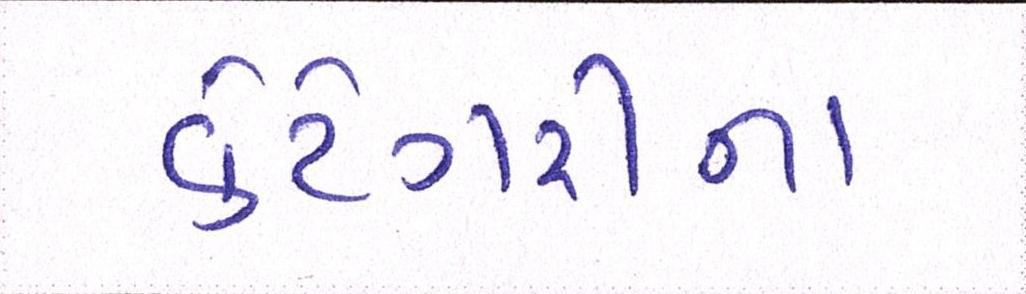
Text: કેટેગરીના